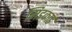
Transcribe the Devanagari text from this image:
मिडकार्ड